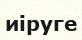
иіруге